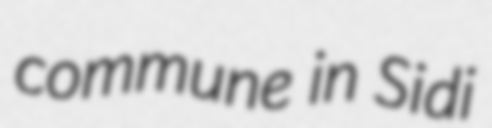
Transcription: commune in Sidi